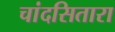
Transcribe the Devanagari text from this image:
चांदसितारा